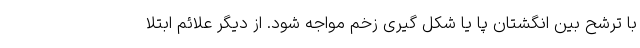
با ترشح بین انگشتان پا یا شکل گیری زخم مواجه شود. از دیگر علائم ابتلا